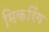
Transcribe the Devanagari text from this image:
मिकरिंग